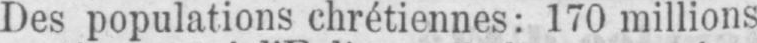
Des populations chrétiennes: 170 millions